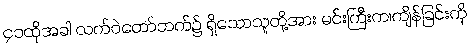
၄၁ထိုအခါ လက်ဝဲတော်ဘက်၌ ရှိသောသူတို့အား မင်းကြီးက၊ကျိန်ခြင်းကို